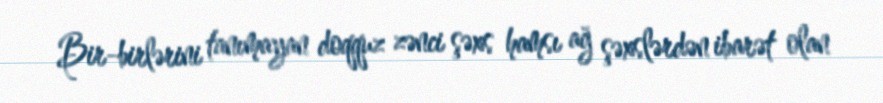
Bir-birlərini tanımayan doqquz zənci şəxs hamsı ağ şəxslərdən ibarət olan